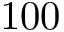
1 0 0